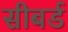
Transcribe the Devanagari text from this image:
सीबर्ड